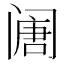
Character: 𲉅